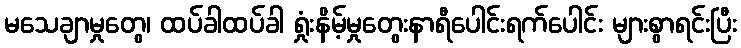
မသေချာမှုတွေ၊ ထပ်ခါထပ်ခါ ရှုံးနိမ့်မှုတွေးနာရီပေါင်းရက်ပေါင်း များစွာရင်းပြီး